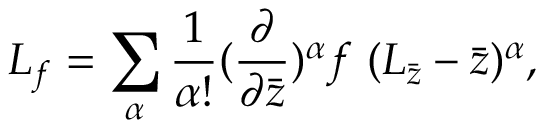
L _ { f } = \sum _ { \alpha } \frac { 1 } { \alpha ! } ( \frac { \partial } { \partial \bar { z } } ) ^ { \alpha } f \ ( L _ { \bar { z } } - \bar { z } ) ^ { \alpha } ,